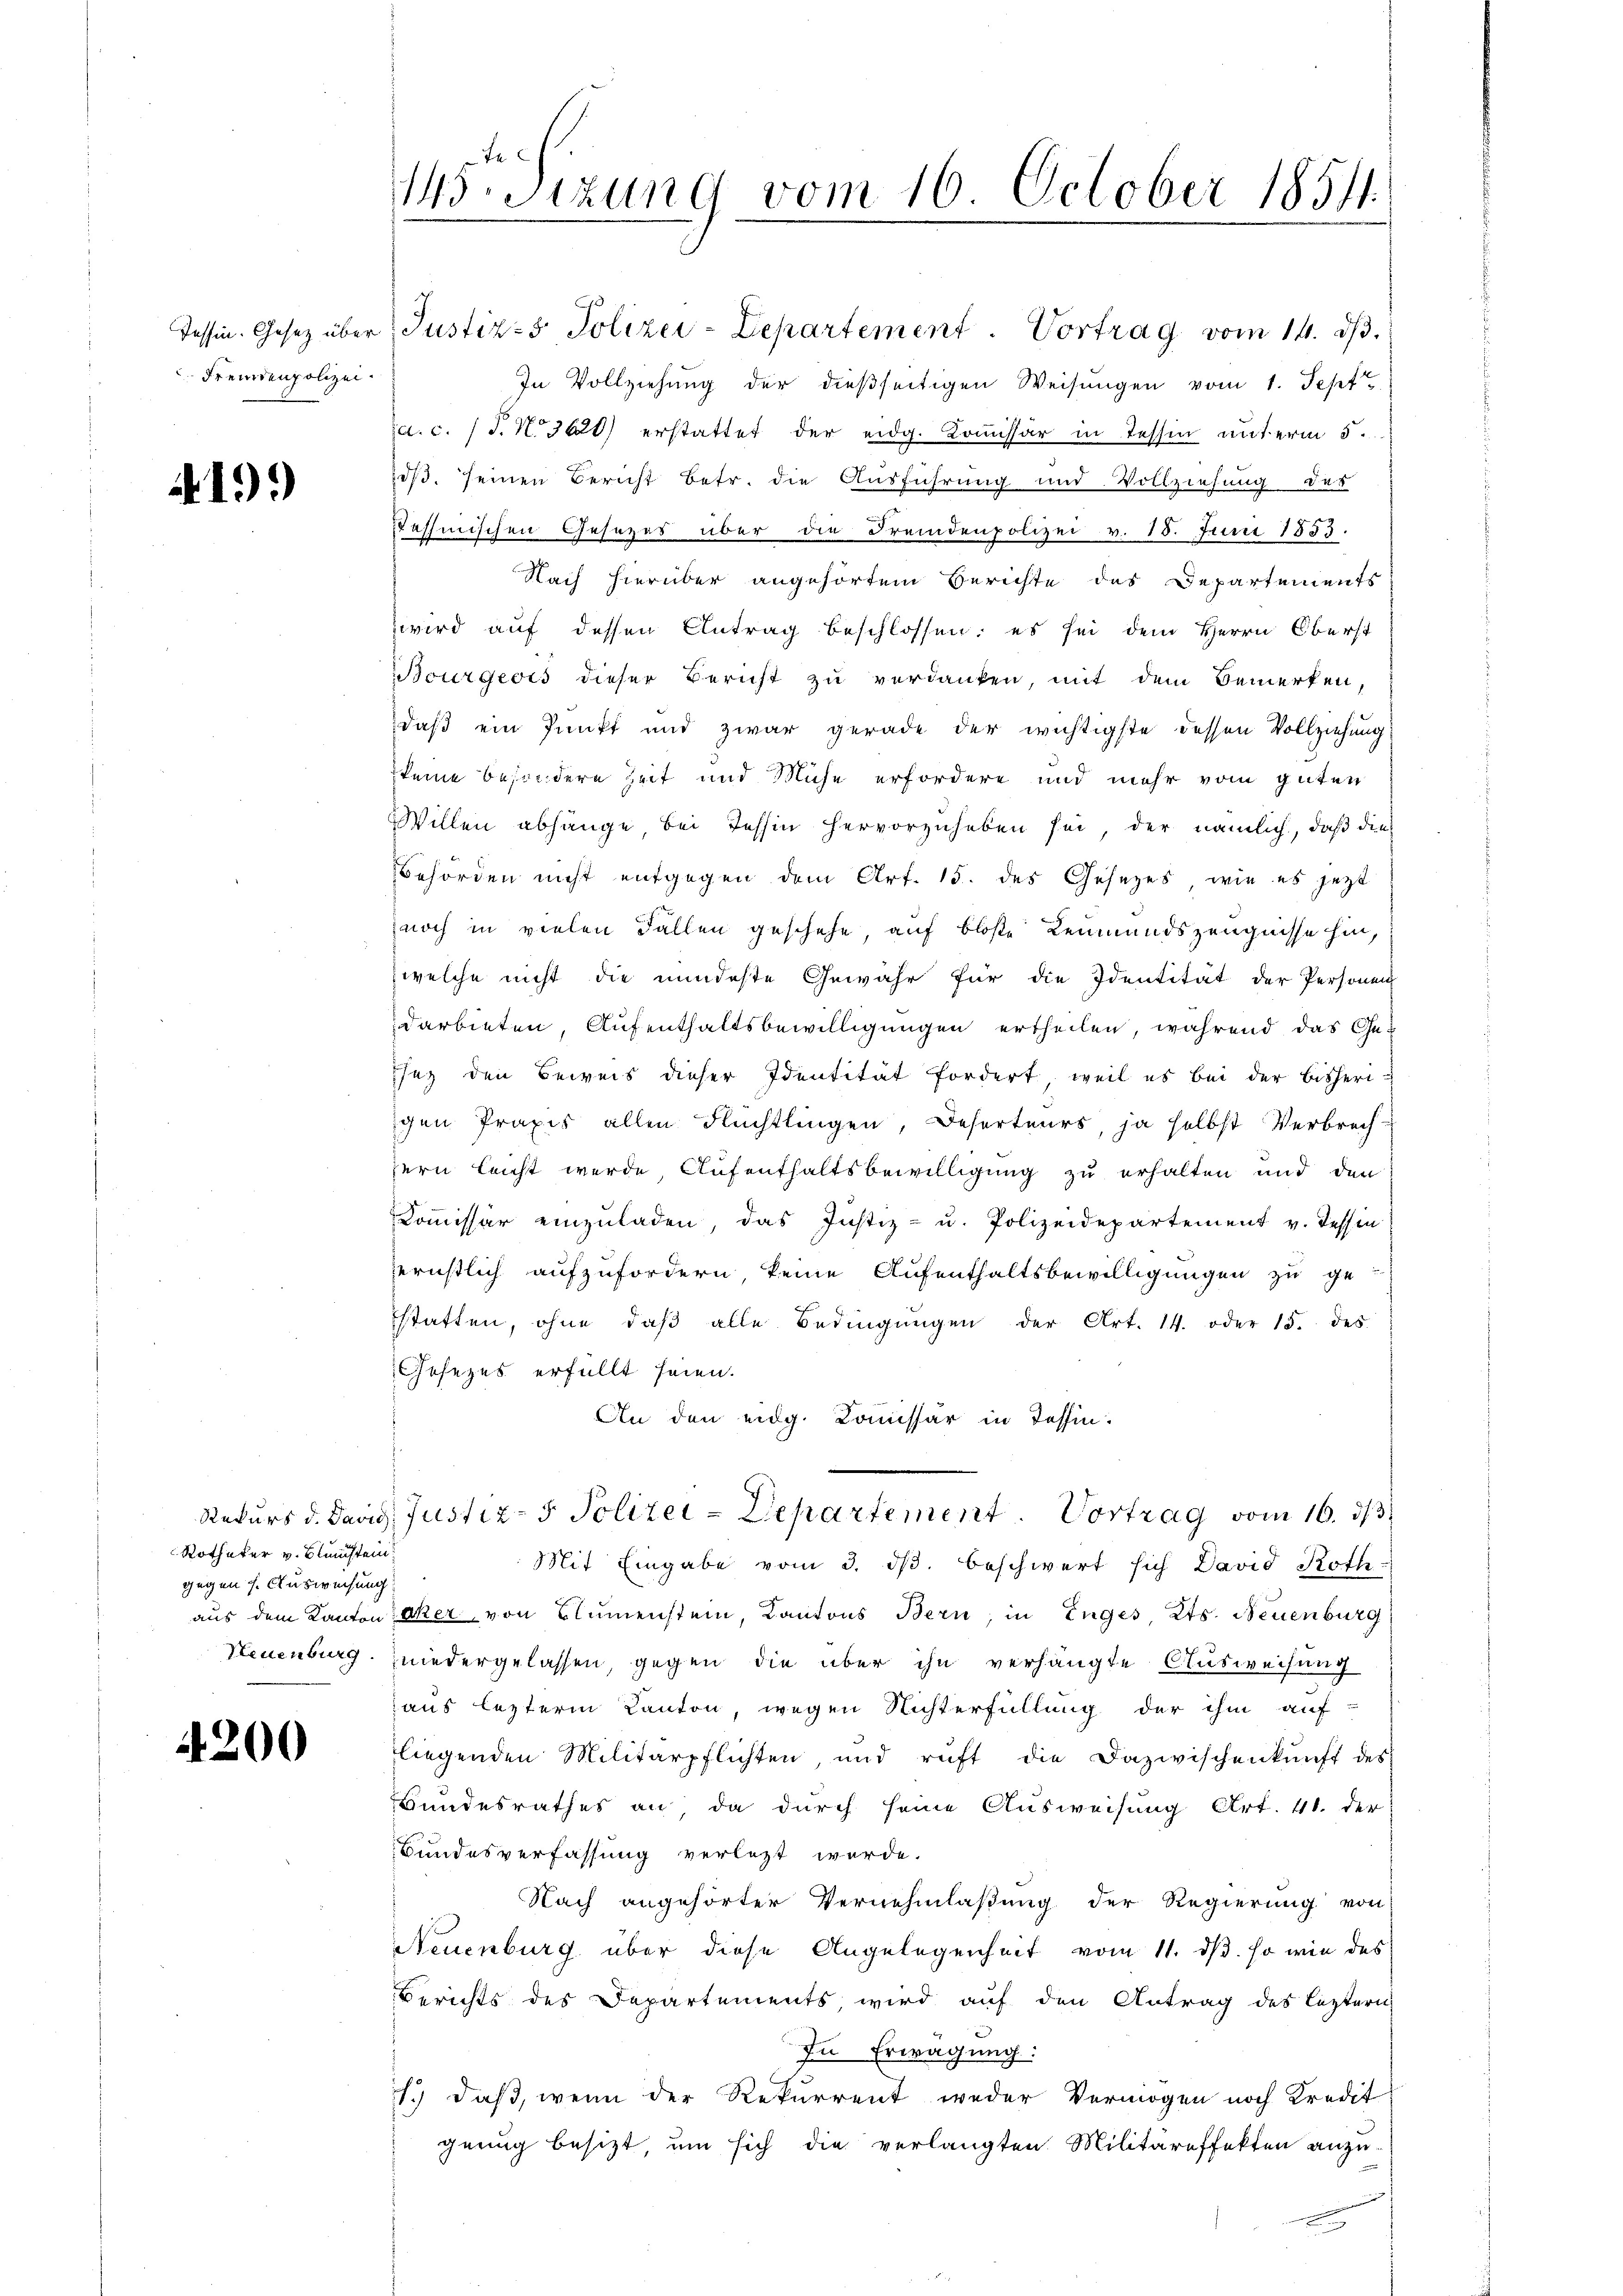
Fremdenpolizei.

191)

Tessin. Gesetz über Justiz- & Polizei-Departement. Vortrag vom 14. dβ.
In Vollziehung der dießseitigen Weisungen vom 1. Sept
a. c. (T. No 3620) erstattet der eidg. Komissär in Tessin unterm 5.
o. seinen Bericht betr. die Ausführung und Vollziehung der
tashmischen Gesetzes über die Fremdenpolizei v. 18. Juni 1853.
Nach hierüber angehörtem Berichte des Departements
zwird auf dessen Antrag beschlossen; es sei dem Herrn Oberst
Bourgeois dieser Bericht zu verdanken, mit dem Bemerken,
daß ein Punkt und zwar gerade der wichtigste dessen Vollziehung
keine besondere Zeit und Mühe erfordere und mehr vom guten
Willen abhänge bei Tessin hervorzuheben sei, der nämlich, daß die
Behörden nicht entgegen dem Art. 15. des Gesetzes, wie es jetzt
noch in vielen Fallen geschehe, auf bloße Leumundszeugnisse hin,
welche nicht die mindeste Gewähr für die Identität der Personen
darbieten, Aufenthaltsbewilligungen ertheilen, während das Gesey den Beweis dieser Identität fordert, weil es bei der bisheri-
igen Praxis allen Flüchtlingen, Deserteurs, ja selbst Verbrech-
ern leicht werde Aufenthaltsbewilligung zu erhalten und den
Commissär einzuladen, das Justiz- u. Polizeidepartement v. Tessin
ernstlich aufzufordern, keine Aufenthaltsbewilligungen zu ge-
statten, ohne daβ alle Bedingŭngen der Art. 14. oder 15. des
Gesezes erfüllt seien.
An den eidg. Kommissär in Tessin.
Rekurs d. David Justiz- & Polizei-Departement. Vortrag vom 16. ds
Mit Eingabe vom 3. ds. beschwert sich David Roth
aus dem Kantoneker von Blumenstein, Kantons Bern, in Enges, Kts. Neuenburg
Neuenburg niedergelassen, gegen die über ihn verhängte Ausweisung
aus lezterm Kanton, wegen Nichterfüllung der ihm auf-
liegenden Militärpflichten und ruft die Dazwischenkunft des
Wundesrathes an, da durch seine Ausweisung Art. 41. der
Bundesverfassung verlezt werde.
Nach angehörter Vernehmlaßung der Regierung von
Neuenburg über diese Angelegenheit vom 11. ds. so wie des
Berichts des Departements, wird auf den Antrag des leztern
In Erwägung:
1.) Daß, wenn der Rekurrent weder Vermögen noch Kredit
genug besizt, um sich die verlangten Militäreffekten anzu

Rotheker v. Bleuchtein
gegen 7. Ausweisung

4200

sizung vom 16. October 1851.